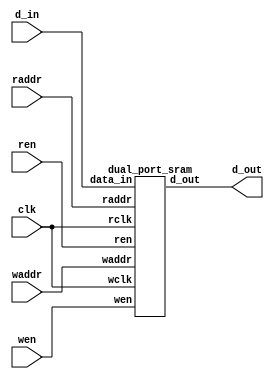
module dpram (
	input clk,
	input wen,
	input ren,
	input[9:0] waddr,
	input[9:0] raddr,
	input[31:0] d_in,
	output[31:0] d_out );

		dual_port_sram memory_0 (
			.wclk		(clk),
			.wen		(wen),
			.waddr		(waddr),
			.data_in	(d_in),
			.rclk		(clk),
			.ren		(ren),
			.raddr		(raddr),
			.d_out		(d_out) );

endmodule

module dual_port_sram (
	input wclk,
	input wen,
	input[9:0] waddr,
	input[31:0] data_in,
	input rclk,
	input ren,
	input[9:0] raddr,
	output[31:0] d_out );

	reg[31:0] ram[1023:0];
	reg[31:0] internal;

	assign d_out = internal;

	always @(posedge wclk) begin
		if(wen) begin
			ram[waddr] <= data_in;
		end
	end

	always @(posedge rclk) begin
		if(ren) begin
			internal <= ram[raddr];
		end
	end

endmodule

module adder(
	input cin,
	input a,
	input b,
	output cout,
	output sumout );


	assign sumout = a ^ b ^ cin;
	assign cout = (a & b) | ((a | b) & cin);

endmodule

module DFF(
	output reg Q,
	input clk,
	input D );

	always@(posedge clk) begin
		Q <= D;
	end

endmodule

module DFFN(
	output reg Q,
	input clk,
	input D );

	always@(negedge clk) begin
		Q <= D;
	end

endmodule